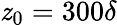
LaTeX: \mathit{z}_{0}=300\delta